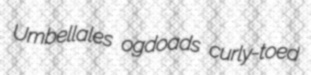
Umbellales ogdoads curly-toed